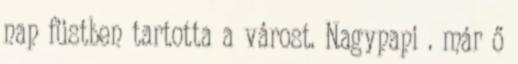
nap füstben tartotta a várost. Nagypapi . már ő